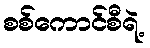
စစ်ကောင်စီရဲ့